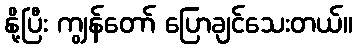
နို့ပြီး ကျွန်တော် ပြောချင်သေးတယ်။